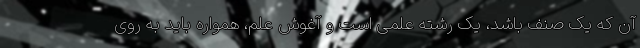
آن که یک صنف باشد، یک رشته علمی است و آغوش علم، همواره باید به روی